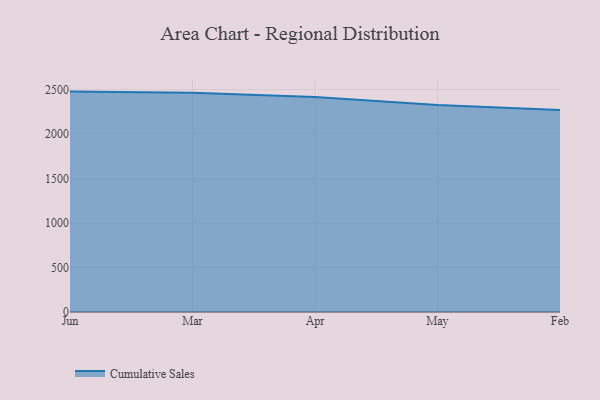
{"axis": {"x": "Month", "y": "Website Visitors"}, "legend": ["Cumulative Sales"], "data": [{"x": "Jun", "y": 2477.1, "type": "Cumulative Sales"}, {"x": "Mar", "y": 2465.0, "type": "Cumulative Sales"}, {"x": "Apr", "y": 2416.7, "type": "Cumulative Sales"}, {"x": "May", "y": 2327.9, "type": "Cumulative Sales"}, {"x": "Feb", "y": 2270.6, "type": "Cumulative Sales"}]}